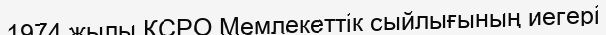
1974 жылы КСРО Мемлекеттік сыйлығының иегері